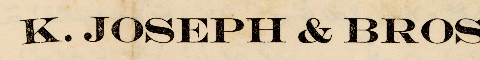
K.JOSEPH & BROS